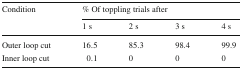
| Condition | <COLSPAN=4> % Of toppling trials after |
 |  | 1 s | 2 s | 3 s | 4 s |
 | --- | --- | --- | --- | --- |
 | Outer loop cut | 16.5 | 85.3 | 98.4 | 99.9 |
 | Inner loop cut | 0.1 | 0 | 0 | 0 |